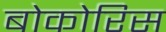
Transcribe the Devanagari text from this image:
बोकोरिस